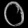
Digit: ၀